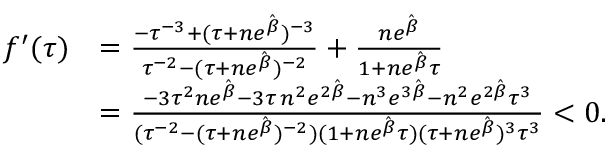
\begin{array} { r l } { f ^ { \prime } ( \tau ) } & { = \frac { - \tau ^ { - 3 } + ( \tau + n e ^ { \hat { \beta } } ) ^ { - 3 } } { \tau ^ { - 2 } - ( \tau + n e ^ { \hat { \beta } } ) ^ { - 2 } } + \frac { n e ^ { \hat { \beta } } } { 1 + n e ^ { \hat { \beta } } \tau } } \\ & { = \frac { - 3 \tau ^ { 2 } n e ^ { \hat { \beta } } - 3 \tau \, n ^ { 2 } e ^ { 2 \hat { \beta } } - n ^ { 3 } e ^ { 3 \hat { \beta } } - n ^ { 2 } e ^ { 2 \hat { \beta } } \tau ^ { 3 } } { ( \tau ^ { - 2 } - ( \tau + n e ^ { \hat { \beta } } ) ^ { - 2 } ) ( 1 + n e ^ { \hat { \beta } } \tau ) ( \tau + n e ^ { \hat { \beta } } ) ^ { 3 } \tau ^ { 3 } } < 0 . } \end{array}